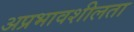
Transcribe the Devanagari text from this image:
अप्रभावशीलता